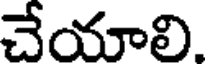
చేయాలి.